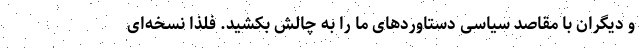
و دیگران با مقاصد سیاسی دستاوردهای ما را به چالش بکشید. فلذا نسخه‌ای